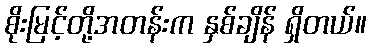
စိုးမြင့်တို့အတန်းက နှစ်ချိန် ရှိတယ်။